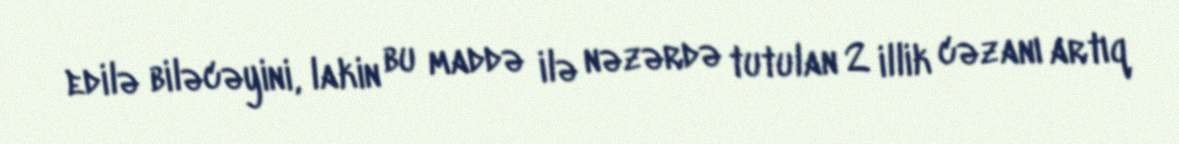
edilə biləcəyini, lakin bu maddə ilə nəzərdə tutulan 2 illik cəzanı artıq